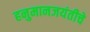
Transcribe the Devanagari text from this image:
हनुमानजयंतीचे